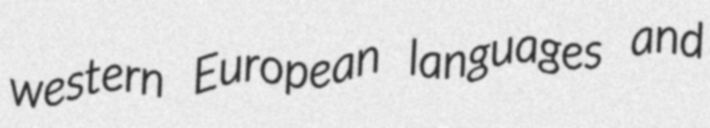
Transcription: western European languages and